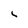
Character: L